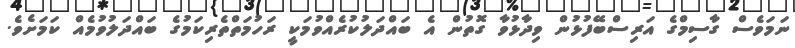
ނަމަވެސް ގާސިމްގެ އަރިސްބޭފުޅުން ވިދާޅުވާ ގޮތުން އެ ބައްދަލުކުރެއްވުމަކީ ރަހުމަތްތެރިކަމުގެ ބައްދަލުވުމެއް ކަމަށެވެ.